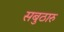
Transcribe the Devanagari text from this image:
सबुठारु